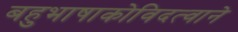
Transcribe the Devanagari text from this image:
बहुभाषाकोविदत्वाने